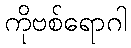
ကိုဗစ်ရောဂါ